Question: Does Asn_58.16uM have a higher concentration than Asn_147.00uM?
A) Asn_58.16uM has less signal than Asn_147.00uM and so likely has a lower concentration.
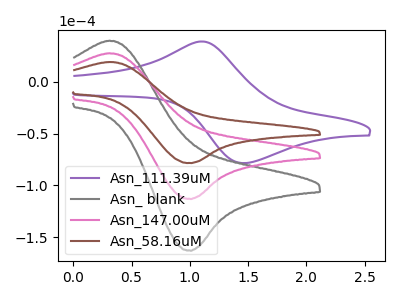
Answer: <think>The purple curve "Asn_111.39uM" has an anodic peak at (1.10V, 39.00uA) and a cathodic peak at (1.45V, -78.65uA). The gray curve "Asn_ blank" has an anodic peak at (0.30V, 55.15uA) and a cathodic peak at (1.00V, -226.65uA). The pink curve "Asn_147.00uM" has an anodic peak at (0.30V, 27.60uA) and a cathodic peak at (1.00V, -113.30uA). The brown curve "Asn_58.16uM" has an anodic peak at (0.30V, 19.15uA) and a cathodic peak at (1.00V, -78.65uA).
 All the peaks in "Asn_58.16uM" have a peak in "Asn_147.00uM" at the same potential. Every peak in "Asn_58.16uM" is lower than every peak in "Asn_147.00uM".</think>
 <answer>A) "Asn_58.16uM" has less signal than "Asn_147.00uM" and so likely has a lower concentration.</answer>
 <eval>A</eval>